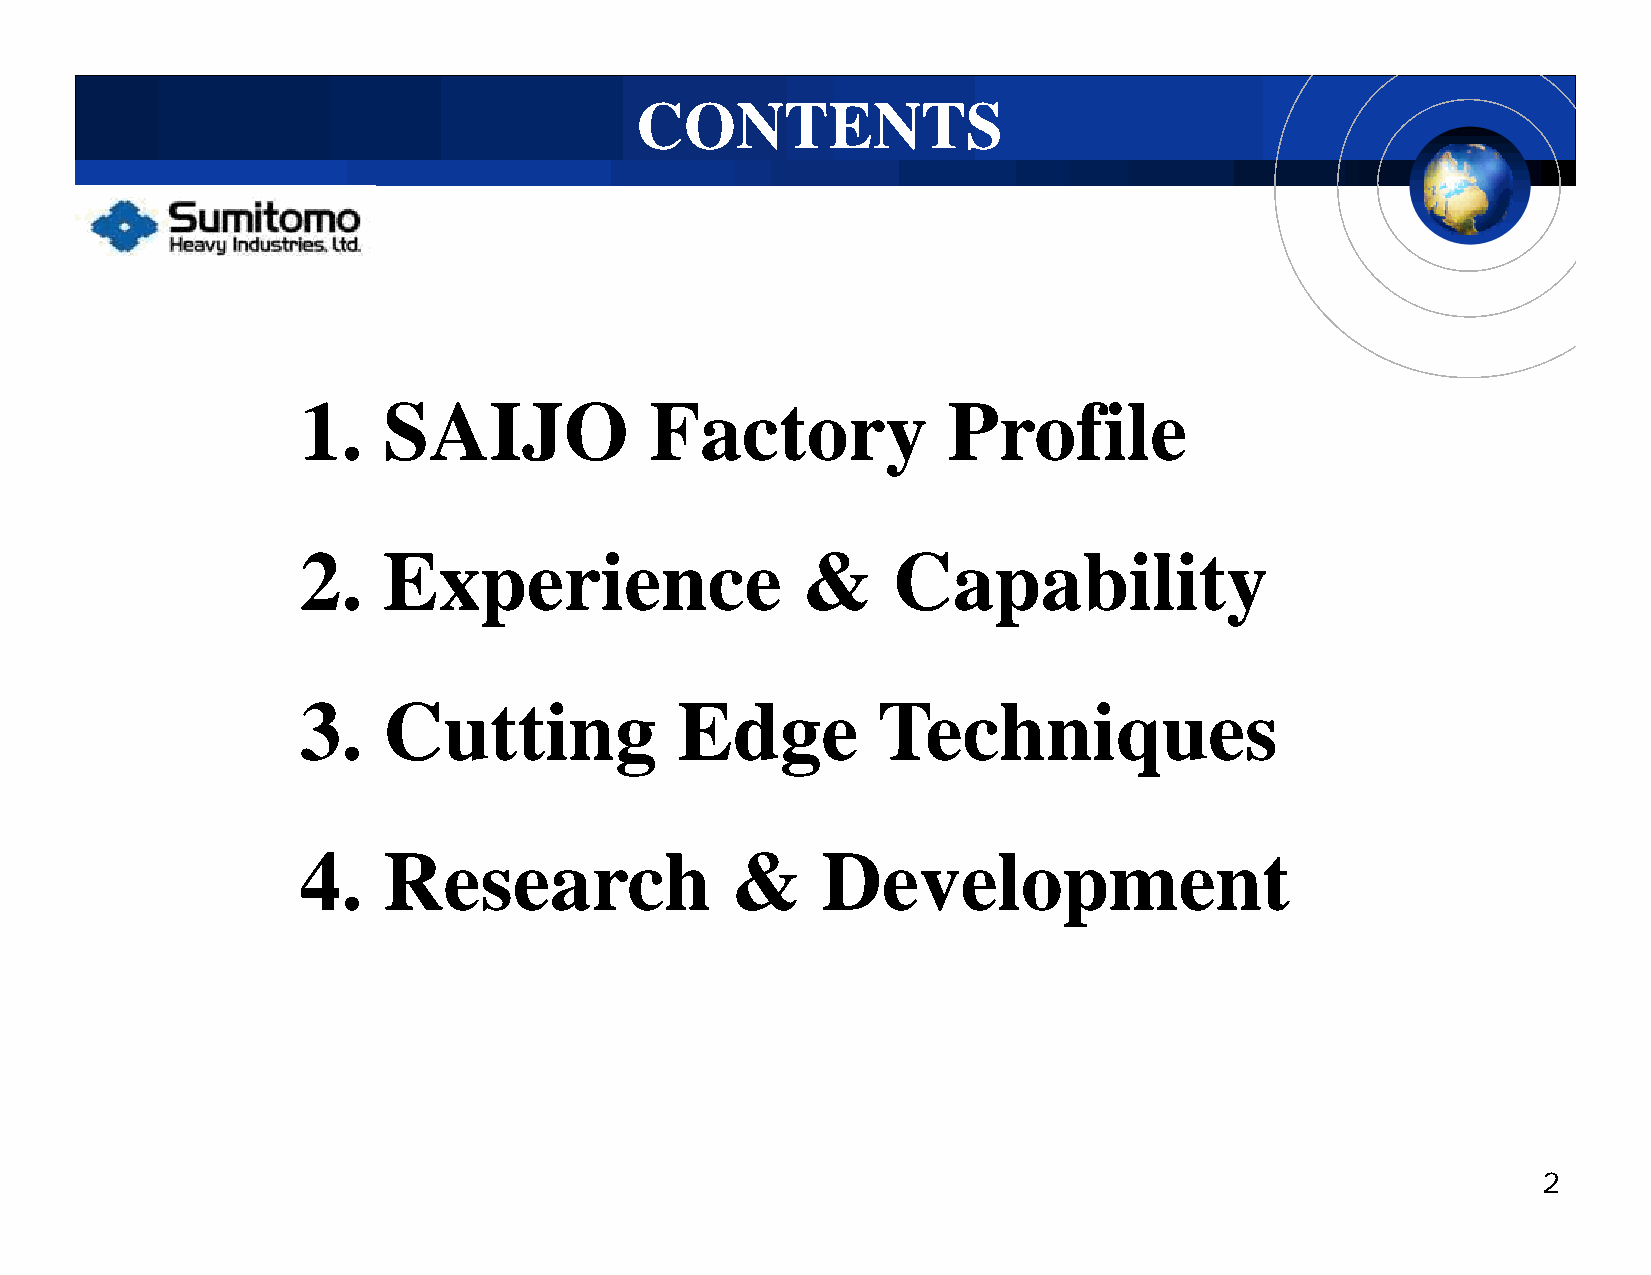
CCOONNTTEENNTTSS
 1.   SAIJO             Factory             Profile
 22.  EExperiience                &&    CCapabbiilliity
 33.  CCuttttiing         EEddge       TTechhniiques
 44.  RReesseeaarrcchh       &&    DDeevveellooppmmeenntt
 2